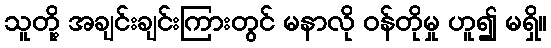
သူတို့ အချင်းချင်းကြားတွင် မနာလို ဝန်တိုမှု ဟူ၍ မရှိ။